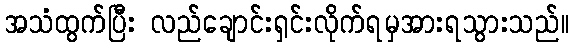
အသံထွက်ပြီး လည်ချောင်းရှင်းလိုက်ရမှအားရသွားသည်။